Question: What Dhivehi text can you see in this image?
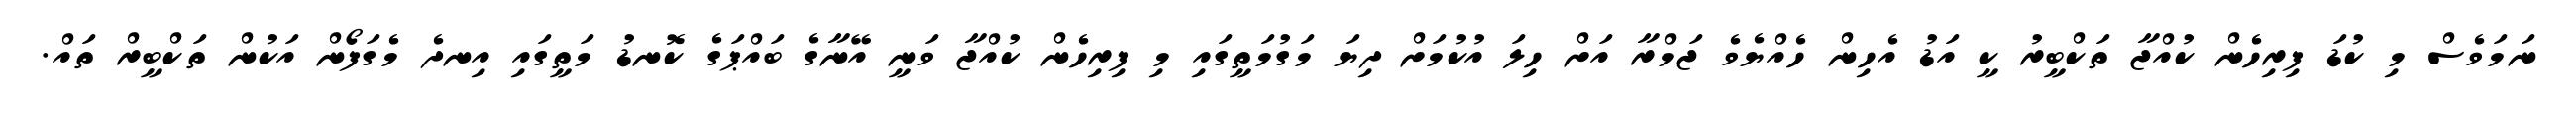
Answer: ނަމަވެސް މި ކުޑަ ފިރިހެން ކުއްޖާ ތަކްބީރު ކީ އަޑު އެހިން ހެއްޔެވެ ޖަމްރާ އަށް ހިލަ އުކުމަށް ދިޔަ މަގުމަތީގައި މި ފިރިހެން ކުއްޖާ ވަނީ އޭނާގެ ބައްޕަގެ ކޮނޑު މަތީގައި އިނދެ މެގަފޯން އަކުން ތަކްބީރް ތައް.